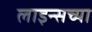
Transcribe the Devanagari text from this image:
लाइन्सच्या